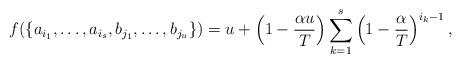
LaTeX: \begin{align*}f(\{a_{i_1},\dots,a_{i_s},b_{j_1},\dots, b_{j_u}\})=u+\left(1-\frac{\alpha u}{T}\right)\sum_{k=1}^s\left(1-\frac{\alpha}{T}\right)^{i_k-1},\end{align*}